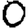
Digit: 0